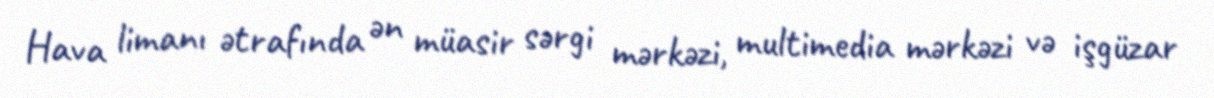
Hava limanı ətrafında ən müasir sərgi mərkəzi, multimedia mərkəzi və işgüzar